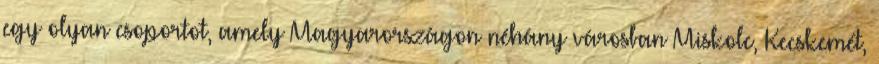
egy olyan csoportot, amely Magyarországon néhány városban Miskolc, Kecskemét,